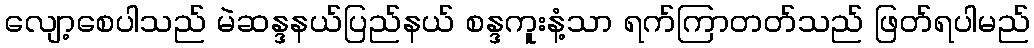
လျော့စေပါသည် မဲဆန္ဒနယ်ပြည်နယ် စန္ဒကူးနံ့သာ ရက်ကြာတတ်သည် ဖြတ်ရပါမည်